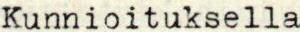
Kunnioituksella